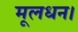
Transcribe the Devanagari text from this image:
मूलधन।